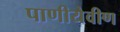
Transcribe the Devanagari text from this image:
पाणीयेवीण